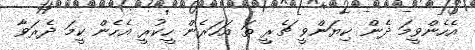
އެހެންވީމަ ދެން ކިޔަންވީ ޗެރީ ތަ އަހަރެން ހީކުރީ އެހެން ކީމަ ދެރަވާ